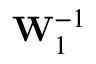
\mathbf { W } _ { 1 } ^ { - 1 }